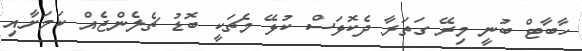
ހާބާޓް ބުނީ މިރޭ ގަތަރާ ދެކޮޅަސް ކުޅޭ މެޗަކީ ބޮޑު ޗެލެންޖެއް ކަމަށާއި